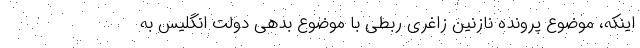
اینکه، موضوع پرونده نازنین زاغری ربطی با موضوع بدهی دولت انگلیس به